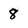
Character: 8